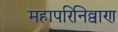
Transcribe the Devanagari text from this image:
महापरिनिव्वाण